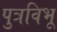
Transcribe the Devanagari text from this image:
पुत्रविभू